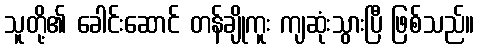
သူတို့၏ ခေါင်းဆောင် တန်ချိုကူး ကျဆုံးသွားပြီ ဖြစ်သည်။